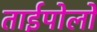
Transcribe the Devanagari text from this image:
ताईपोलो